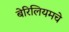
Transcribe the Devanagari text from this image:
बेरिलियमचे